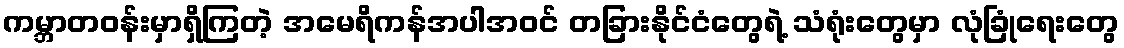
ကမ္ဘာတဝန်းမှာရှိကြတဲ့ အမေရိကန်အပါအဝင် တခြားနိုင်ငံတွေရဲ့ သံရုံးတွေမှာ လုံခြုံရေးတွေ